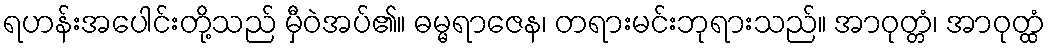
ရဟန်းအပေါင်းတို့သည် မှီဝဲအပ်၏။ ဓမ္မရာဇေန၊ တရားမင်းဘုရားသည်။ အာဝုတ္တံ၊ အာဝုတ္ထံ